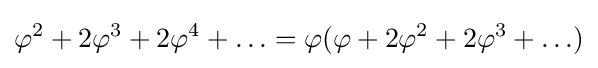
\varphi ^{2}+2\varphi ^{3}+2\varphi ^{4}+\ldots =\varphi (\varphi +2\varphi ^{2}+2\varphi ^{3}+\ldots )